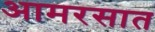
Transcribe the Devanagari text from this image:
आमरसात